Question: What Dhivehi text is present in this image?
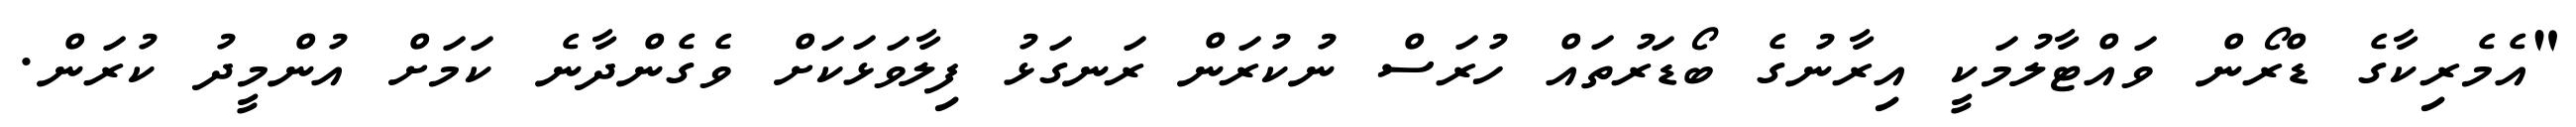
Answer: "އެމެރިކާގެ ޑްރޯން ވައްޓާލުމަކީ އިރާނުގެ ބޯޑަރުތައް ހުރަސް ނުކުރަން ރަނގަޅު ފިލާވަޅަކަށް ވެގެންދާނެ ކަމަށް އުންމީދު ކުރަން.